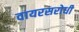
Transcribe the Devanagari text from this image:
वायरसरोधी